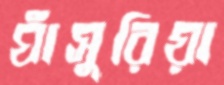
ঘাঁসুরিয়া